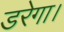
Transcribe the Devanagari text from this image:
डरेगा।